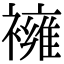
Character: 𧝸